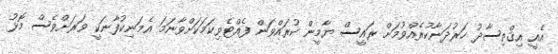
އެއީ އިޤްތިސާދު ހަރުދަނާކުރެއްވުމަށް ރައީސް ޔާމީން ކުރައްވަން ފެއްޓެވިކަމަކަށްވާނަމަ އެމަނިކުފާނަކީ ވަރަށްވެސް މޮޅު